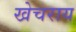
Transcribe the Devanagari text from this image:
खेचराय